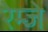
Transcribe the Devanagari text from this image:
रेम्जे